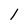
Character: l